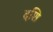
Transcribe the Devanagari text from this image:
दशि